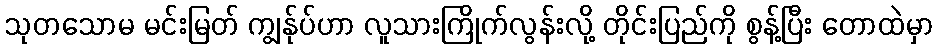
သုတသောမ မင်းမြတ် ကျွန်ုပ်ဟာ လူသားကြိုက်လွန်းလို့ တိုင်းပြည်ကို စွန့်ပြီး တောထဲမှာ